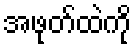
အဖုတ်ထဲကို